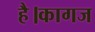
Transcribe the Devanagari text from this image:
है।कागज